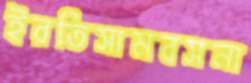
ইরতিসামবসনা